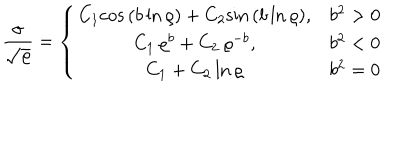
LaTeX: \frac { \sigma } { \sqrt { \varrho } } = \left\{ \begin{array} { c c c } { { C _ { 1 } \mathrm { c o s } \, ( b \, \mathrm { l n } \, \varrho ) + C _ { 2 } \mathrm { s i n } \, ( b \, \mathrm { l n } \, \varrho ) , } } & { { b ^ { 2 } > 0 } } \\ { { C _ { 1 } \, \varrho ^ { b } + C _ { 2 } \, \varrho ^ { - b } , } } & { { b ^ { 2 } < 0 } } \\ { { C _ { 1 } + C _ { 2 } \, \mathrm { l n } \, \varrho } } & { { b ^ { 2 } = 0 } } \\ \end{array} \right.